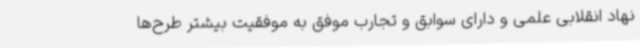
نهاد انقلابی علمی و دارای سوابق و تجارب موفق به موفقیت بیشتر طرح‌ها